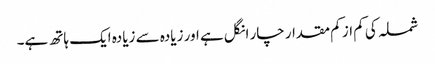
شملہ کی کم از کم مقدار چار انگل ہے اور زیادہ سے زیادہ ایک ہاتھ ہے۔